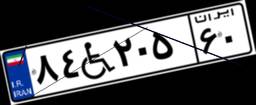
۸۴W۲۰۵۶۰